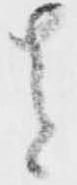
其